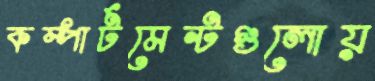
কম্পার্টমেন্টগুলোয়